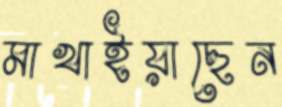
মাখাইয়াছেন